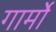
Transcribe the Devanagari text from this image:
गार्मो